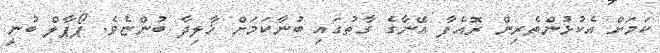
ކަމަށް އެކުޅުންތެރިން ރޮއެފާ އޭނާގެ ގާތުގައި ބުނާކަމަށް ޚާލިދާ ބުންޏެވެ. ޕޯޕާލް ބުނީ